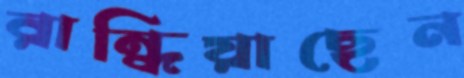
রান্ধিয়াছেন